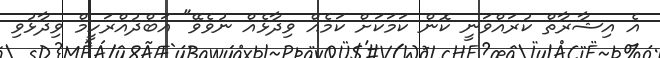
އެ އިޝާރާތް ކުރައްވަނީ ކޮން ކަމަކަށް ކަމެއް ވިދާޅެއް ނުވެވޭ" އަބްދުއްރަހީމް ވިދާޅުވި